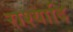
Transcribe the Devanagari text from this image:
राश्यादि